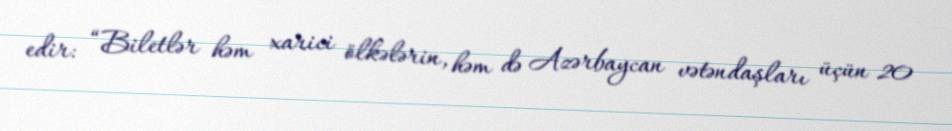
edir: “Biletlər həm xarici ölkələrin, həm də Azərbaycan vətəndaşları üçün 20